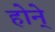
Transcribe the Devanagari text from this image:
होने्